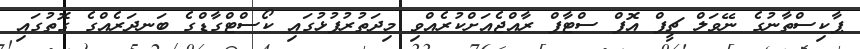
ޕާކިސްތާނުގެ ނޭވަލް ޗީފް އޮފް ސްޓާފް ރާއްޖެއަށްކުރެއްވި މިދަތުރުފުޅުގައި ކޯސްޓްގާޑްގެ ބަނދަރެއްގެ ގޮތުގައި